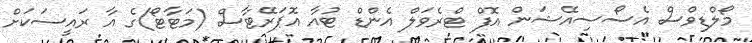
މޯލްޑިވްސް އެސޯސިއޭޝަން އޮފް ޓްރެވަލް އެންޑް ޓުއާ އޮޕަރޭޓާސް (މަޓާޓޯ)ގެ އާ ރައީސަކަށް